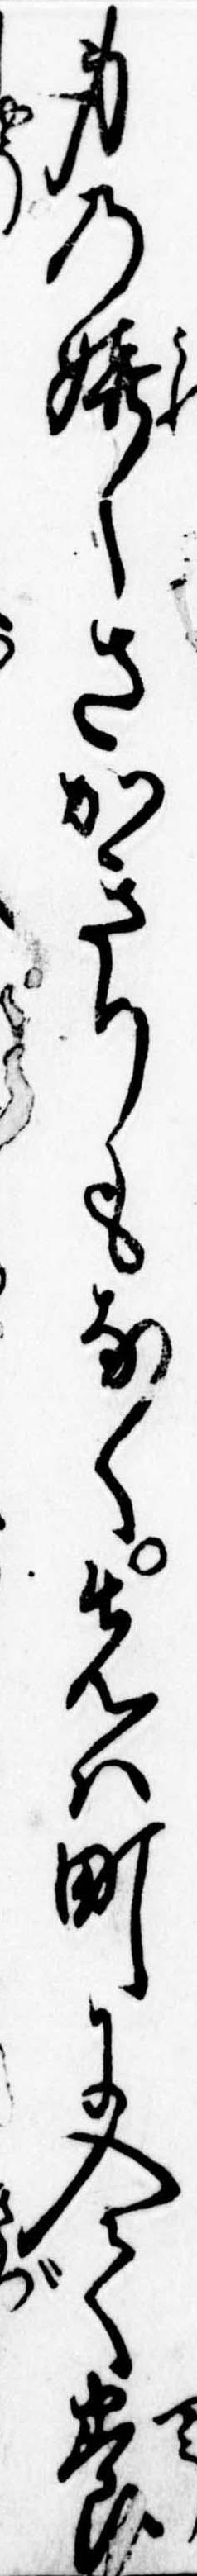
身の嬉しさかきりもなく先は町に入て養